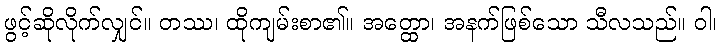
ဖွင့်ဆိုလိုက်လျှင်။ တဿ၊ ထိုကျမ်းစာ၏။ အတ္ထော၊ အနက်ဖြစ်သော သီလသည်။ ဝါ၊